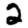
Digit: 2